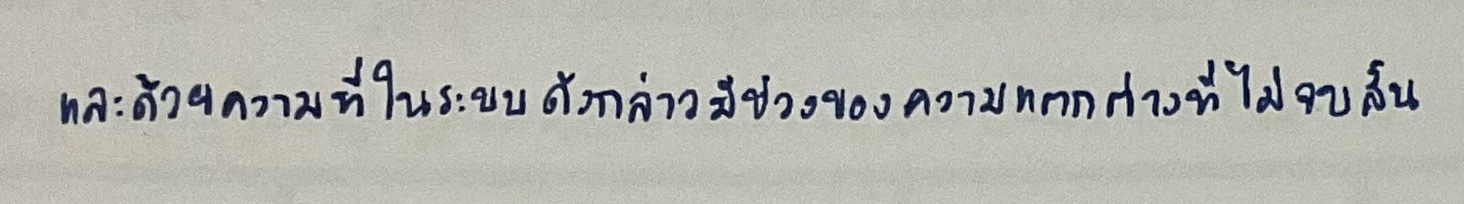
และด้วยความที่ในระบบดังกล่าวมีช่วงของความแตกต่างที่ไม่จบสิ้น